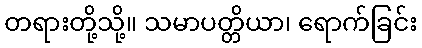
တရားတို့သို့။ သမာပတ္တိယာ၊ ရောက်ခြင်း